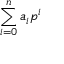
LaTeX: \sum _ { i = 0 } ^ { n } a _ { i } p ^ { i }